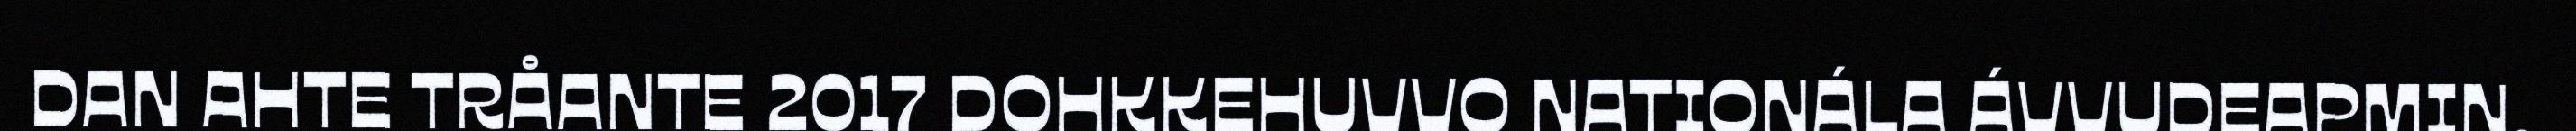
DAN AHTE TRÅANTE 2017 DOHKKEHUVVO NATIONÁLA ÁVVUDEAPMIN.